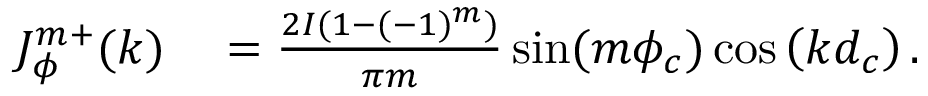
\begin{array} { r l } { J _ { \phi } ^ { m + } ( k ) } & { { } = \frac { 2 I ( 1 - ( - 1 ) ^ { m } ) } { \pi m } \sin ( m \phi _ { c } ) \cos \left( k d _ { c } \right) . } \end{array}